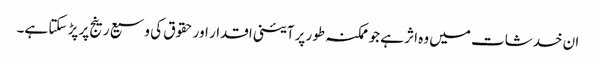
ان خدشات میں وہ اثر ہے جو ممکنہ طور پر آئینی اقدار اور حقوق کی وسیع رینج پر پڑ سکتا ہے۔